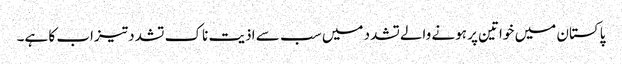
پاکستان میں خواتین پر ہونے والےتشدد میں سب سے اذیت ناک تشدد تیزاب کا ہے۔